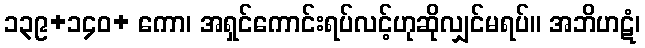
၁၃၉+၁၄၀+ ကော၊ အရှင်ကောင်းရပ်လင့်ဟုဆိုလျှင်မရပ်။ အဘိဟဋံ၊